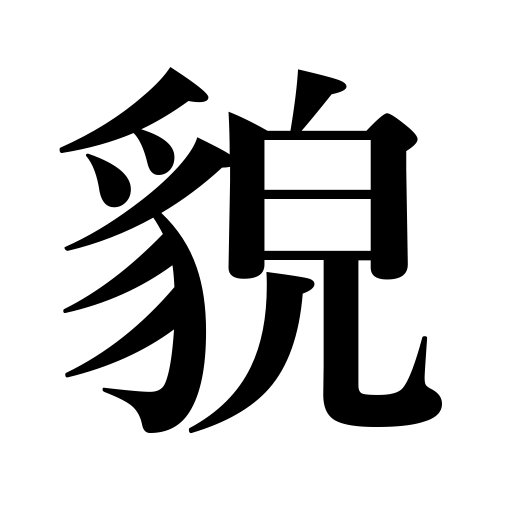
Meanings: form,countenance,appearance